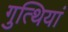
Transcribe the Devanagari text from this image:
गुत्थियां